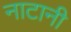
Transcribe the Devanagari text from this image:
नाटानी